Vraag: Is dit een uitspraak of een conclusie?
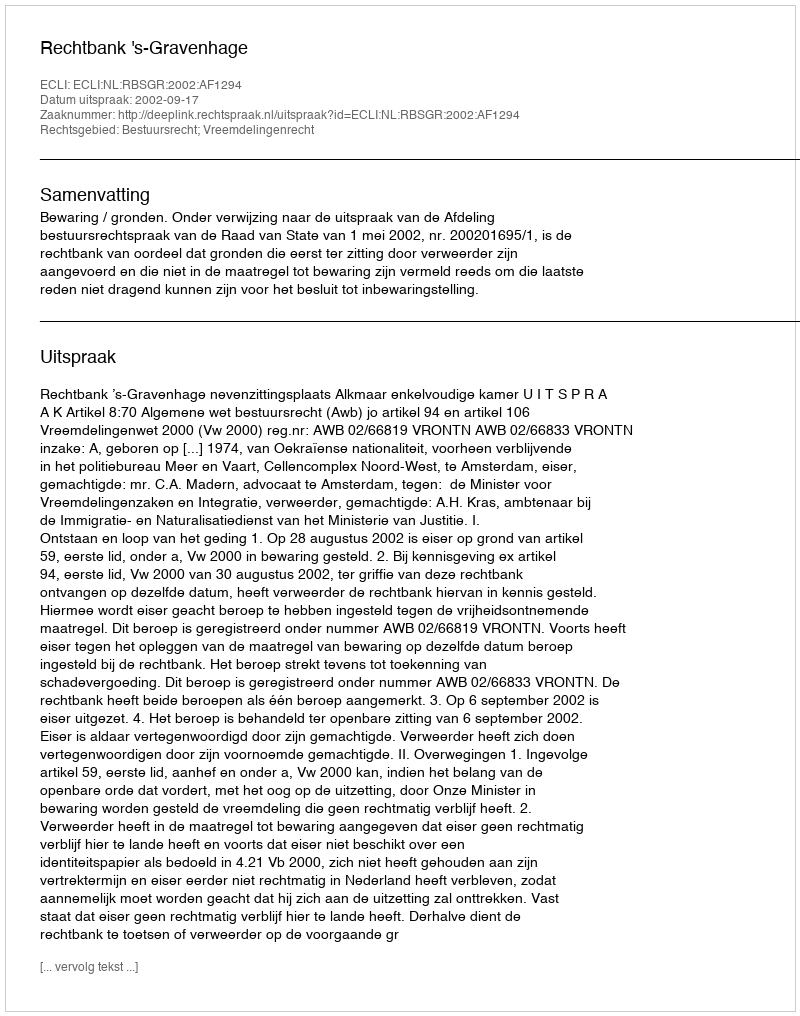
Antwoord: Uitspraak